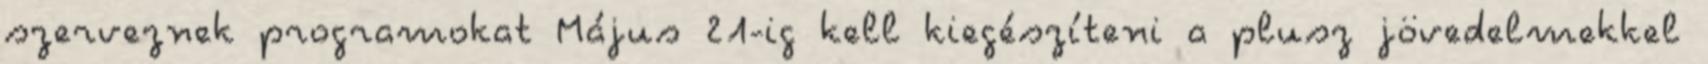
szerveznek programokat Május 21-ig kell kiegészíteni a plusz jövedelmekkel